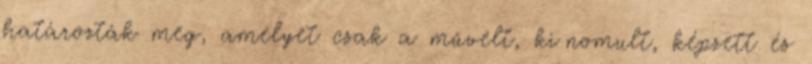
határozták meg, amelyet csak a művelt, kiﬁnomult, képzett és